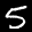
Label: 5